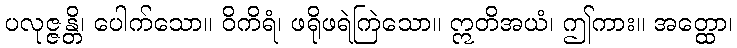
ပလုဇ္ဇန္တိ၊ ပေါက်သော။ ဝိကိရံ၊ ဖရိုဖရဲကြဲသော။ ဣတိအယံ၊ ဤကား။ အတ္ထော၊